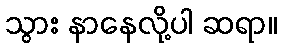
သွား နာနေလို့ပါ ဆရာ။